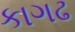
કાગઢ